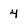
Character: 4